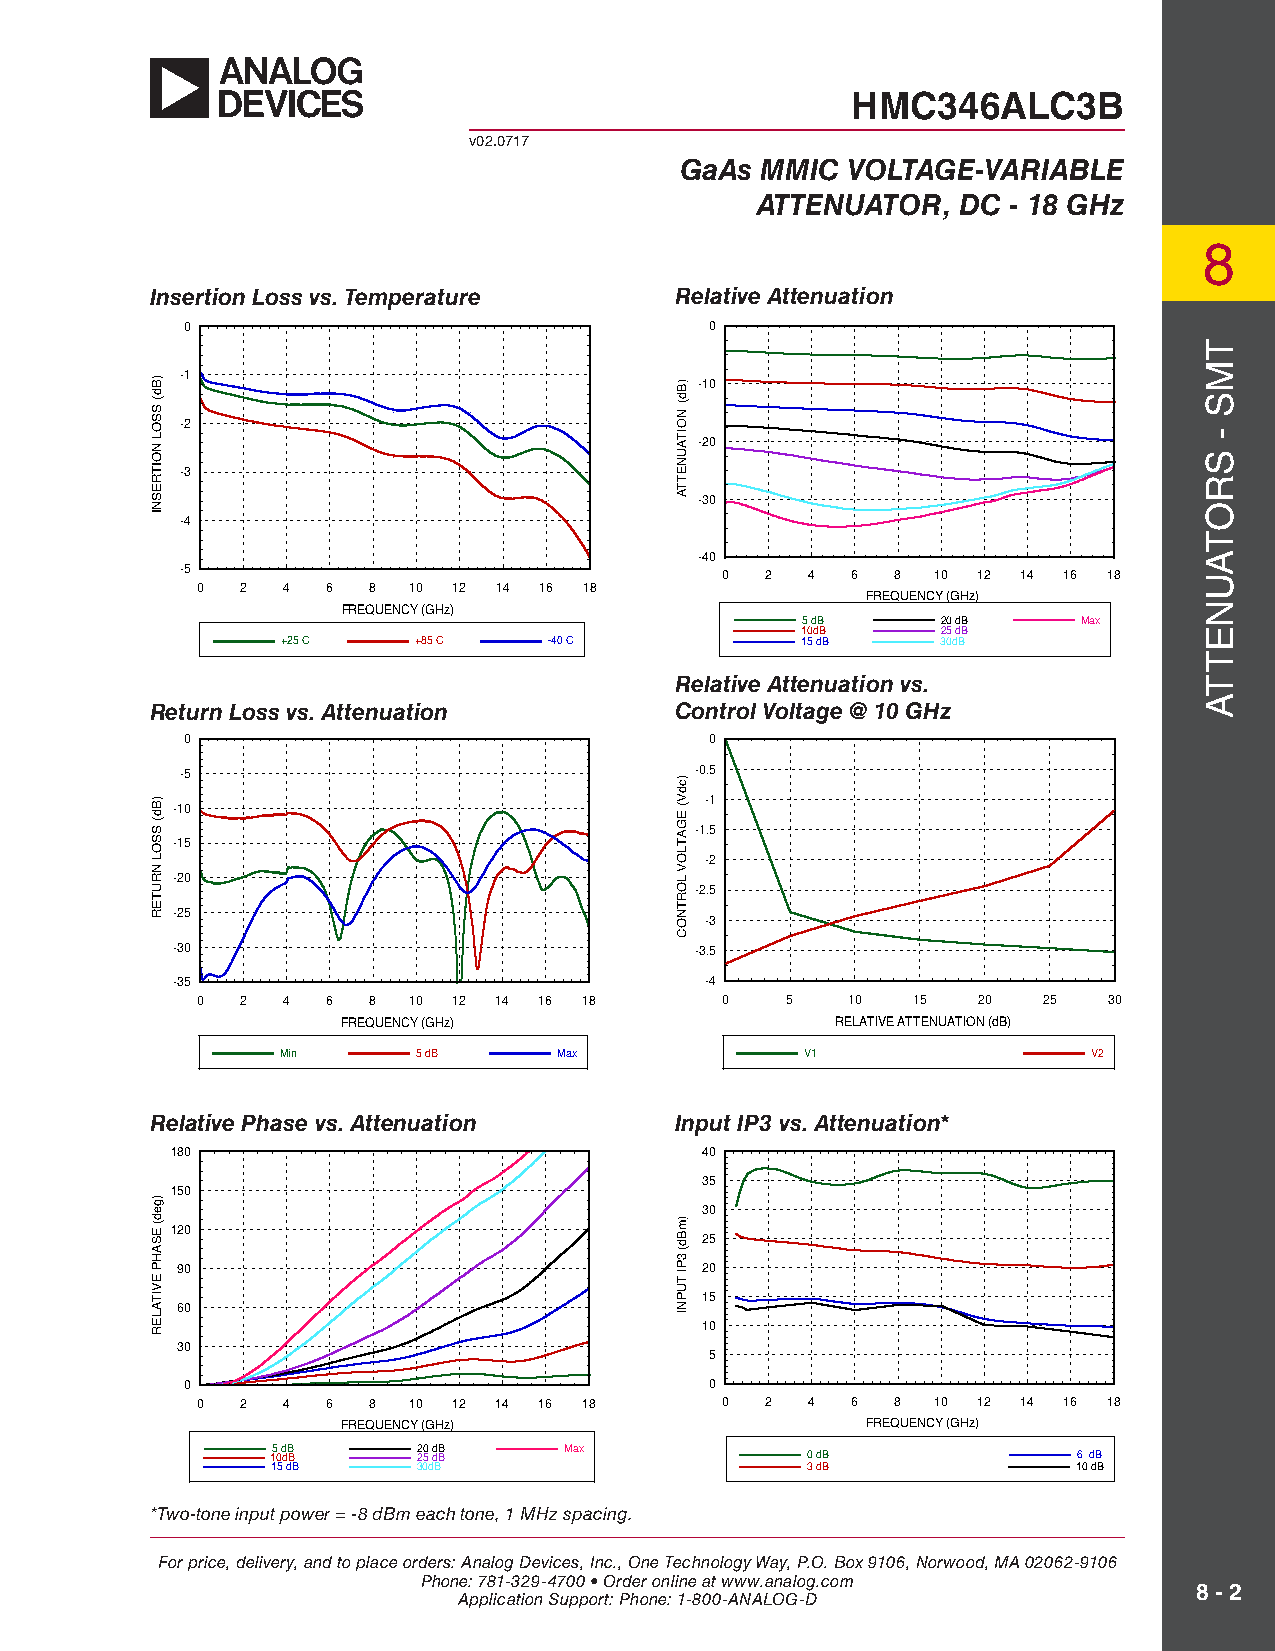
HMC346ALC3B
 v02.0717
 GaAs MMIC  VOLTAGE-VARIABLE
 ATTENUATOR,  DC  - 18 GHz
 8
 Insertion Loss vs. Temperature     Relative Attenuation
 0                                  0
 -1                                -10
 -2
 -20
 -3
 -30
 -4
 -40
 -5                                  0  2  4 6  8  10 12 14 16 18
 0  2  4  6 8  10 12 14 16 18
 FREQUENCY (GHz)
 FREQUENCY (GHz)
 5 dB     20 dB     Max
 10dB     25 dB
 +25 C   +85 C    -40 C            15 dB    30dB
 Relative Attenuation vs.
 Return Loss vs. Attenuation        Control Voltage @ 10 GHz
 0                                  0
 -5                                -0.5
 -1
 -10
 -1.5
 -15
 -2
 -20
 -2.5
 -25
 -3
 -30                                -3.5
 -35                                 -4
 0  2  4  6 8  10 12 14 16 18       0   5   10  15   20  25  30
 FREQUENCY (GHz)                 RELATIVE ATTENUATION (dB)
 Min      5 dB     Max             V1                 V2
 Relative Phase vs. Attenuation     Input IP3 vs. Attenuation*
 180                                40
 35
 150
 30
 120                                25
 90                                20
 15
 60
 10
 30
 5
 0                                  0
 0  2  4  6 8  10 12 14 16 18       0  2  4 6  8  10 12 14 16 18
 FREQUENCY (GHz)                   FREQUENCY (GHz)
 15 0 d dB B 2 20 5 d dB B Max      0 dB              6 dB
 15 dB     30dB                     3 dB              10 dB
 *Two-tone input power = -8 dBm each tone, 1 MHz spacing.
 For price, delivery, and to place orders: Analog Devices, Inc., One Technology Way, P.O. Box 9106, Norwood, MA 02062-9106
 Phone: 781-329-4700 • Order online at www.analog.com
 8 - 2
 Application Support: Phone: 1-800-ANALOG-D
 )Bd(
 SSOL
 NOITRESNI
 )Bd(
 SSOL
 NRUTER
 )ged(
 ESAHP
 EVITALER
 )Bd(
 NOITAUNETTA
 )cdV(
 EGATLOV
 LORTNOC
 )mBd(
 3PI
 TUPNI
 TMS
 -
 SROTAUNETTA